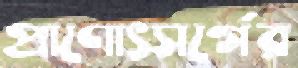
প্রাণোৎসর্গের